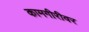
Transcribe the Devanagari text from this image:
कामगीरीवर